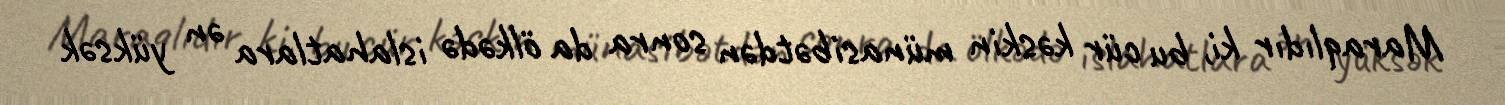
Maraqlıdır ki, bu cür kəskin münasibətdən sonra da ölkədə islahatlara ən yüksək